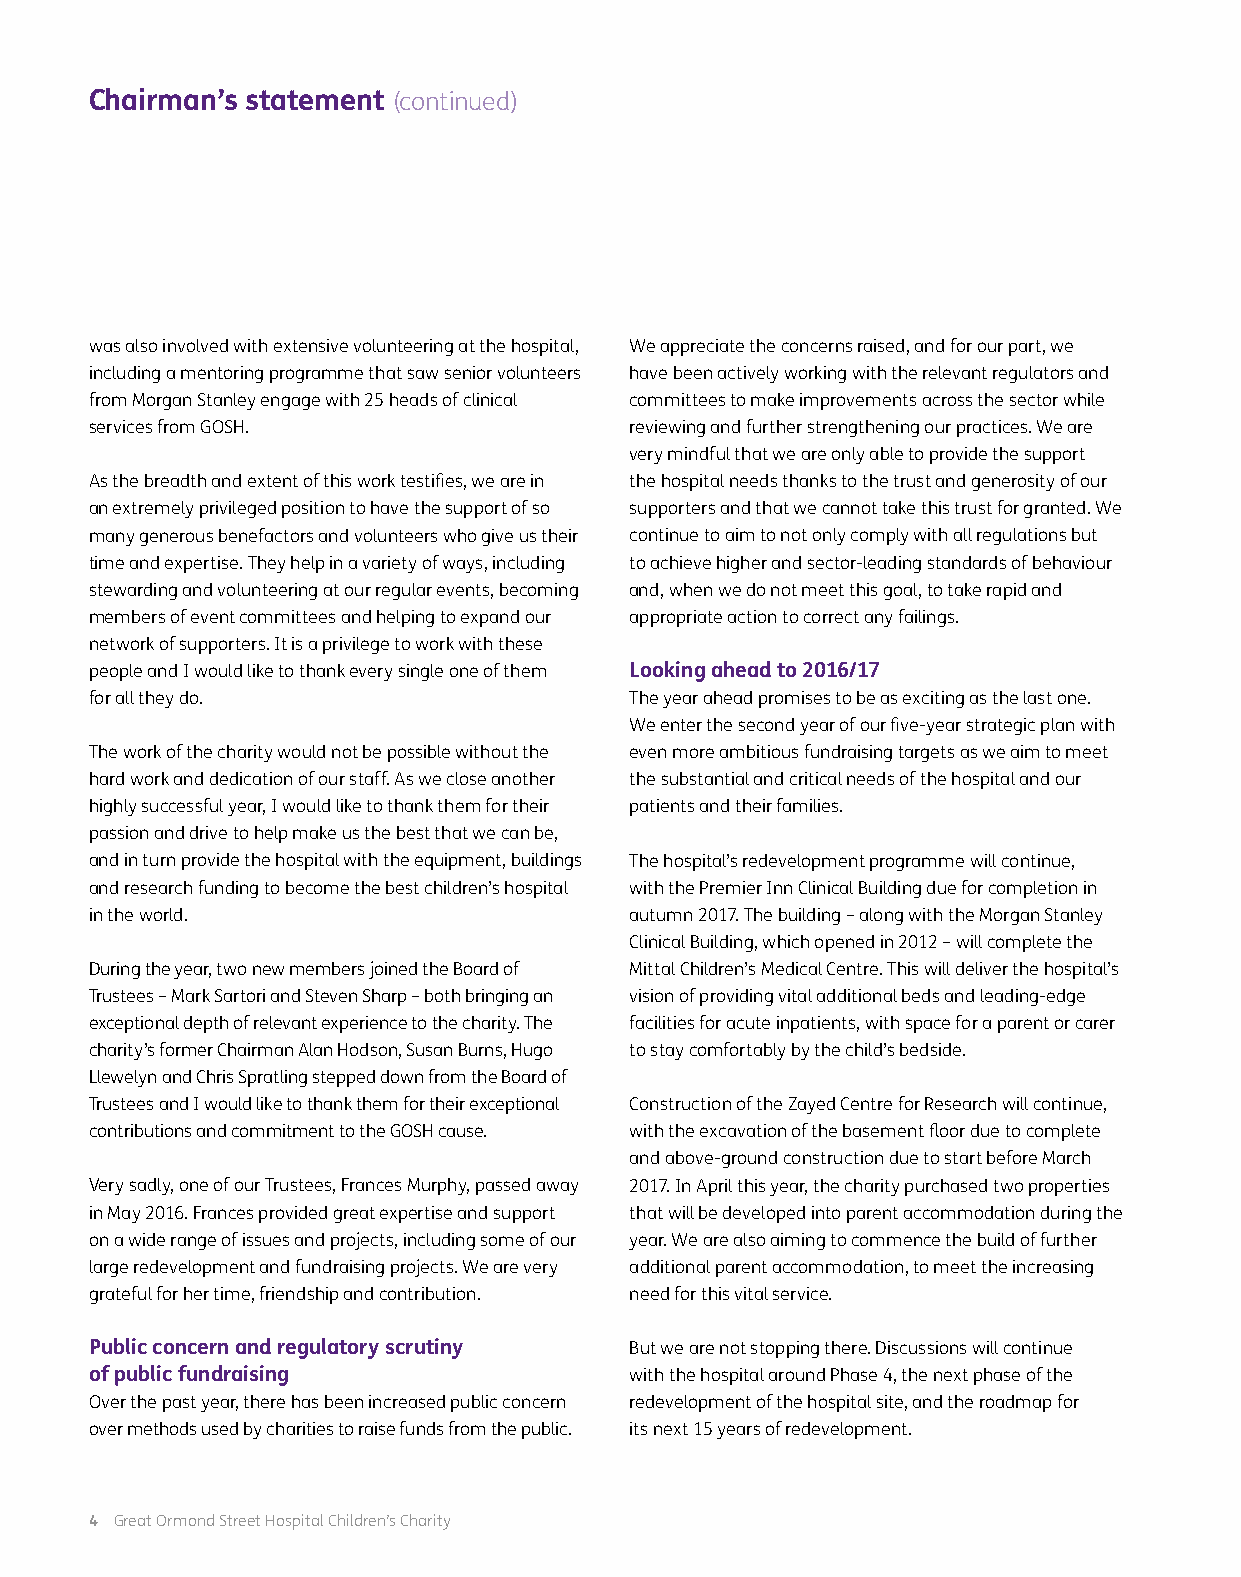
Chairman’s statement (continued)
 was also involved with extensive volunteering at the hospital, We appreciate the concerns raised, and for our part, we
 including a mentoring programme that saw senior volunteers have been actively working with the relevant regulators and
 from Morgan Stanley engage with 25 heads of clinical committees to make improvements across the sector while
 services from GOSH.                 reviewing and further strengthening our practices. We are
 very mindful that we are only able to provide the support
 As the breadth and extent of this work testifies, we are in the hospital needs thanks to the trust and generosity of our
 an extremely privileged position to have the support of so supporters and that we cannot take this trust for granted. We
 many generous benefactors and volunteers who give us their continue to aim to not only comply with all regulations but
 time and expertise. They help in a variety of ways, including to achieve higher and sector-leading standards of behaviour
 stewarding and volunteering at our regular events, becoming and, when we do not meet this goal, to take rapid and
 members of event committees and helping to expand our appropriate action to correct any failings.
 network of supporters. It is a privilege to work with these
 people and I would like to thank every single one of them Looking ahead to 2016/17
 for all they do.                    The year ahead promises to be as exciting as the last one.
 We enter the second year of our five-year strategic plan with
 The work of the charity would not be possible without the even more ambitious fundraising targets as we aim to meet
 hard work and dedication of our staff. As we close another the substantial and critical needs of the hospital and our
 highly successful year, I would like to thank them for their patients and their families.
 passion and drive to help make us the best that we can be,
 and in turn provide the hospital with the equipment, buildings The hospital’s redevelopment programme will continue,
 and research funding to become the best children’s hospital with the Premier Inn Clinical Building due for completion in
 in the world.                       autumn 2017. The building – along with the Morgan Stanley
 Clinical Building, which opened in 2012 – will complete the
 During the year, two new members joined the Board of Mittal Children’s Medical Centre. This will deliver the hospital’s
 Trustees – Mark Sartori and Steven Sharp – both bringing an vision of providing vital additional beds and leading-edge
 exceptional depth of relevant experience to the charity. The facilities for acute inpatients, with space for a parent or carer
 charity’s former Chairman Alan Hodson, Susan Burns, Hugo to stay comfortably by the child’s bedside.
 Llewelyn and Chris Spratling stepped down from the Board of
 Trustees and I would like to thank them for their exceptional Construction of the Zayed Centre for Research will continue,
 contributions and commitment to the GOSH cause. with the excavation of the basement floor due to complete
 and above-ground construction due to start before March
 Very sadly, one of our Trustees, Frances Murphy, passed away 2017. In April this year, the charity purchased two properties
 in May 2016. Frances provided great expertise and support that will be developed into parent accommodation during the
 on a wide range of issues and projects, including some of our year. We are also aiming to commence the build of further
 large redevelopment and fundraising projects. We are very additional parent accommodation, to meet the increasing
 grateful for her time, friendship and contribution. need for this vital service.
 Public concern and regulatory scrutiny But we are not stopping there. Discussions will continue
 of public fundraising               with the hospital around Phase 4, the next phase of the
 Over the past year, there has been increased public concern redevelopment of the hospital site, and the roadmap for
 over methods used by charities to raise funds from the public. its next 15 years of redevelopment.
 4 Great Ormond Street Hospital Children’s Charity